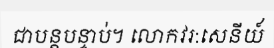
ជាបន្តបន្ទាប់។ លោកវរ:សេនីយ៍